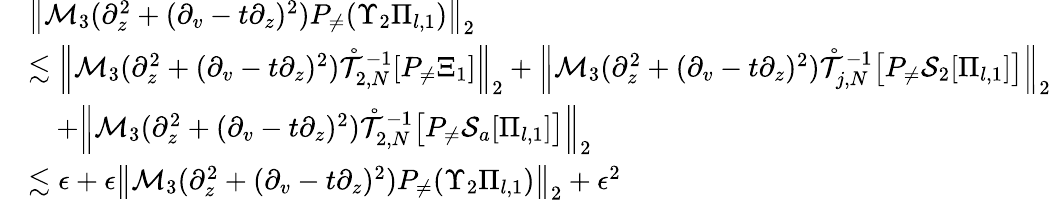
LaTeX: \begin{array}{rl}&{\left\| \mathcal{M}_{3}(\partial_{z}^{2}+(\partial_{v}-t\partial_{z})^{2})P_{\neq}(\Upsilon_{2}\Pi_{l,1})\right\| _{2}}\\ &{\lesssim\left\| \mathcal{M}_{3}(\partial_{z}^{2}+(\partial_{v}-t\partial_{z})^{2})\mathring{\mathcal{T}}_{2,N}^{-1}[P_{\neq}\Xi_{1}]\right\| _{2}+\left\| \mathcal{M}_{3}(\partial_{z}^{2}+(\partial_{v}-t\partial_{z})^{2})\mathring{\mathcal{T}}_{j,N}^{-1}\big[P_{\neq}\mathcal{S}_{2}[\Pi_{l,1}]\big]\right\| _{2}}\\ &{\quad+\left\| \mathcal{M}_{3}(\partial_{z}^{2}+(\partial_{v}-t\partial_{z})^{2})\mathring{\mathcal{T}}_{2,N}^{-1}\big[P_{\neq}\mathcal{S}_{a}[\Pi_{l,1}]\big]\right\| _{2}}\\ &{\lesssim\epsilon+\epsilon\left\| \mathcal{M}_{3}(\partial_{z}^{2}+(\partial_{v}-t\partial_{z})^{2})P_{\neq}(\Upsilon_{2}\Pi_{l,1})\right\| _{2}+\epsilon^{2}}\end{array}